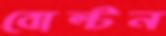
বোল্টন